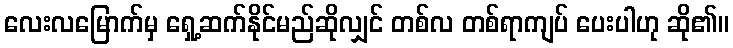
လေးလမြောက်မှ ရှေ့ဆက်နိုင်မည်ဆိုလျှင် တစ်လ တစ်ရာကျပ် ပေးပါဟု ဆို၏။